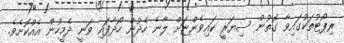
ރިޕޯޓުތަކުގައިވާ ގޮތުން ސިޔަރީ ކައިވެންޏަށް ލާނެ ހެދުން ހޯދާފައި ވަނީ ދެމީހުން އެއްކޮށެވެ.